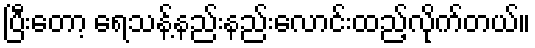
ပြီးတော့ ရေသန့်နည်းနည်းလောင်းထည့်လိုက်တယ်။